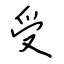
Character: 受